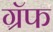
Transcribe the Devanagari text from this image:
ग्रॅफ